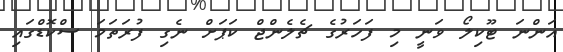
އަންނަ ޓޫކިލޯ ވަނީ މި ފަހަރުގެ ޗެލެންޖް ކަޕަށް ނެގި ފުރަތަމަ ސްކޮޑްގައި